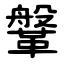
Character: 鞶